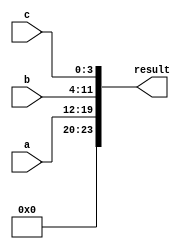
module concat_example (
    input [7:0] a,
    input [7:0] b,
    input [3:0] c,
    output [23:0] result
);

assign result = {a, b, c};

endmodule